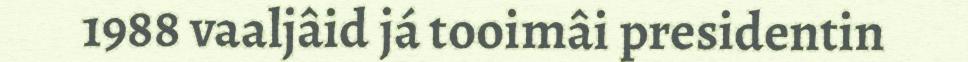
1988 vaaljâid já tooimâi presidentin